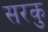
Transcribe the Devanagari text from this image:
सरकु